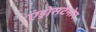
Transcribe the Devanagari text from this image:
एंड्रोसटेनोन